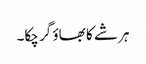
ہر شے کا بھاؤ گر چکا۔